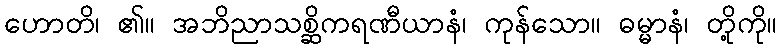
ဟောတိ၊ ၏။ အဘိညာသစ္ဆိကရဏီယာနံ၊ ကုန်သော။ ဓမ္မာနံ၊ တို့ကို။